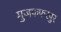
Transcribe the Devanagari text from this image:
मुजफफरपुर